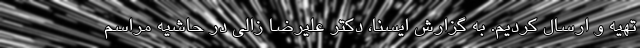
تهیه و ارسال کردیم. به گزارش ایسنا، دکتر علیرضا زالی در حاشیه مراسم